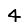
Digit: 4